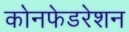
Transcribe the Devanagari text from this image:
कोनफेडरेशन